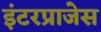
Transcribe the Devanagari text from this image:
इंटरप्राजेस